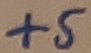
Text: +5